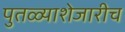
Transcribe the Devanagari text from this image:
पुतळ्याशेजारीच